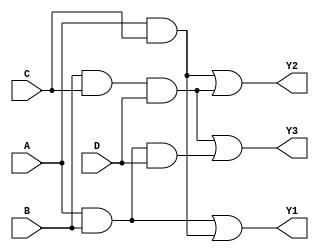
module MaskedPAL (
    input wire A,       // Input A
    input wire B,       // Input B
    input wire C,       // Input C
    input wire D,       // Input D
    output wire Y1,     // Output Y1
    output wire Y2,     // Output Y2
    output wire Y3      // Output Y3
);

// Define the number of AND gates and their inputs
parameter NUM_AND_GATES = 4;
parameter NUM_OR_GATES = 3;

// AND gate outputs
wire [NUM_AND_GATES-1:0] and_out;

// Programmable AND array
// Each AND gate can be programmed to connect specific inputs
assign and_out[0] = A & B;          // AND gate 0: A AND B
assign and_out[1] = A & C;          // AND gate 1: A AND C
assign and_out[2] = B & C & D;      // AND gate 2: B AND C AND D
assign and_out[3] = A & B & D;      // AND gate 3: A AND B AND D

// Fixed OR array
assign Y1 = and_out[0] | and_out[1]; // OR gate 0: Y1 = (A AND B) OR (A AND C)
assign Y2 = and_out[1] | and_out[2]; // OR gate 1: Y2 = (A AND C) OR (B AND C AND D)
assign Y3 = and_out[2] | and_out[3]; // OR gate 2: Y3 = (B AND C AND D) OR (A AND B AND D)

endmodule